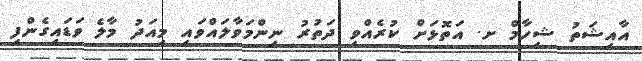
އާއިޝަތު ޝިހާމް ށ. އަތޮޅަށް ކުރެއްވި ދަތުރު ނިންމަވާލައްވައި މިއަދު މާލެ ވަޑައިގެންފި